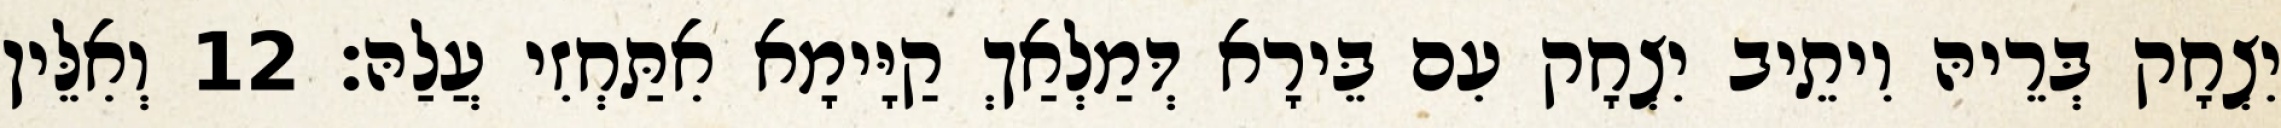
יִצְחָק בְּרֵיהּ וִיתֵיב יִצְחָק עִם בֵּירָא דְּמַלְאַךְ קַיָּימָא אִתַּחְזִי עֲלַהּ׃ 12 וְאִלֵּין